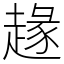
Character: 䞼